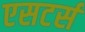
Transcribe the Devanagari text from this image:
एसटर्स